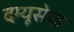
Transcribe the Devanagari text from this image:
देम्यूसेज